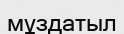
мұздатыл